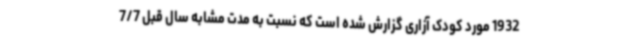
1932 مورد کودک آزاری گزارش شده است که نسبت به مدت مشابه سال قبل 7/7